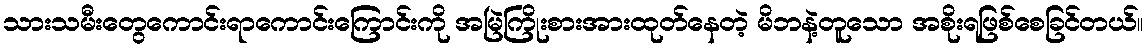
သားသမီးတွေကောင်းရာကောင်းကြောင်းကို အမြဲကြိုးစားအားထုတ်နေတဲ့ မိဘနဲ့တူသော အစိုးရဖြစ်စေခြင်တယ်။